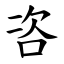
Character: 咨